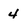
Character: 4